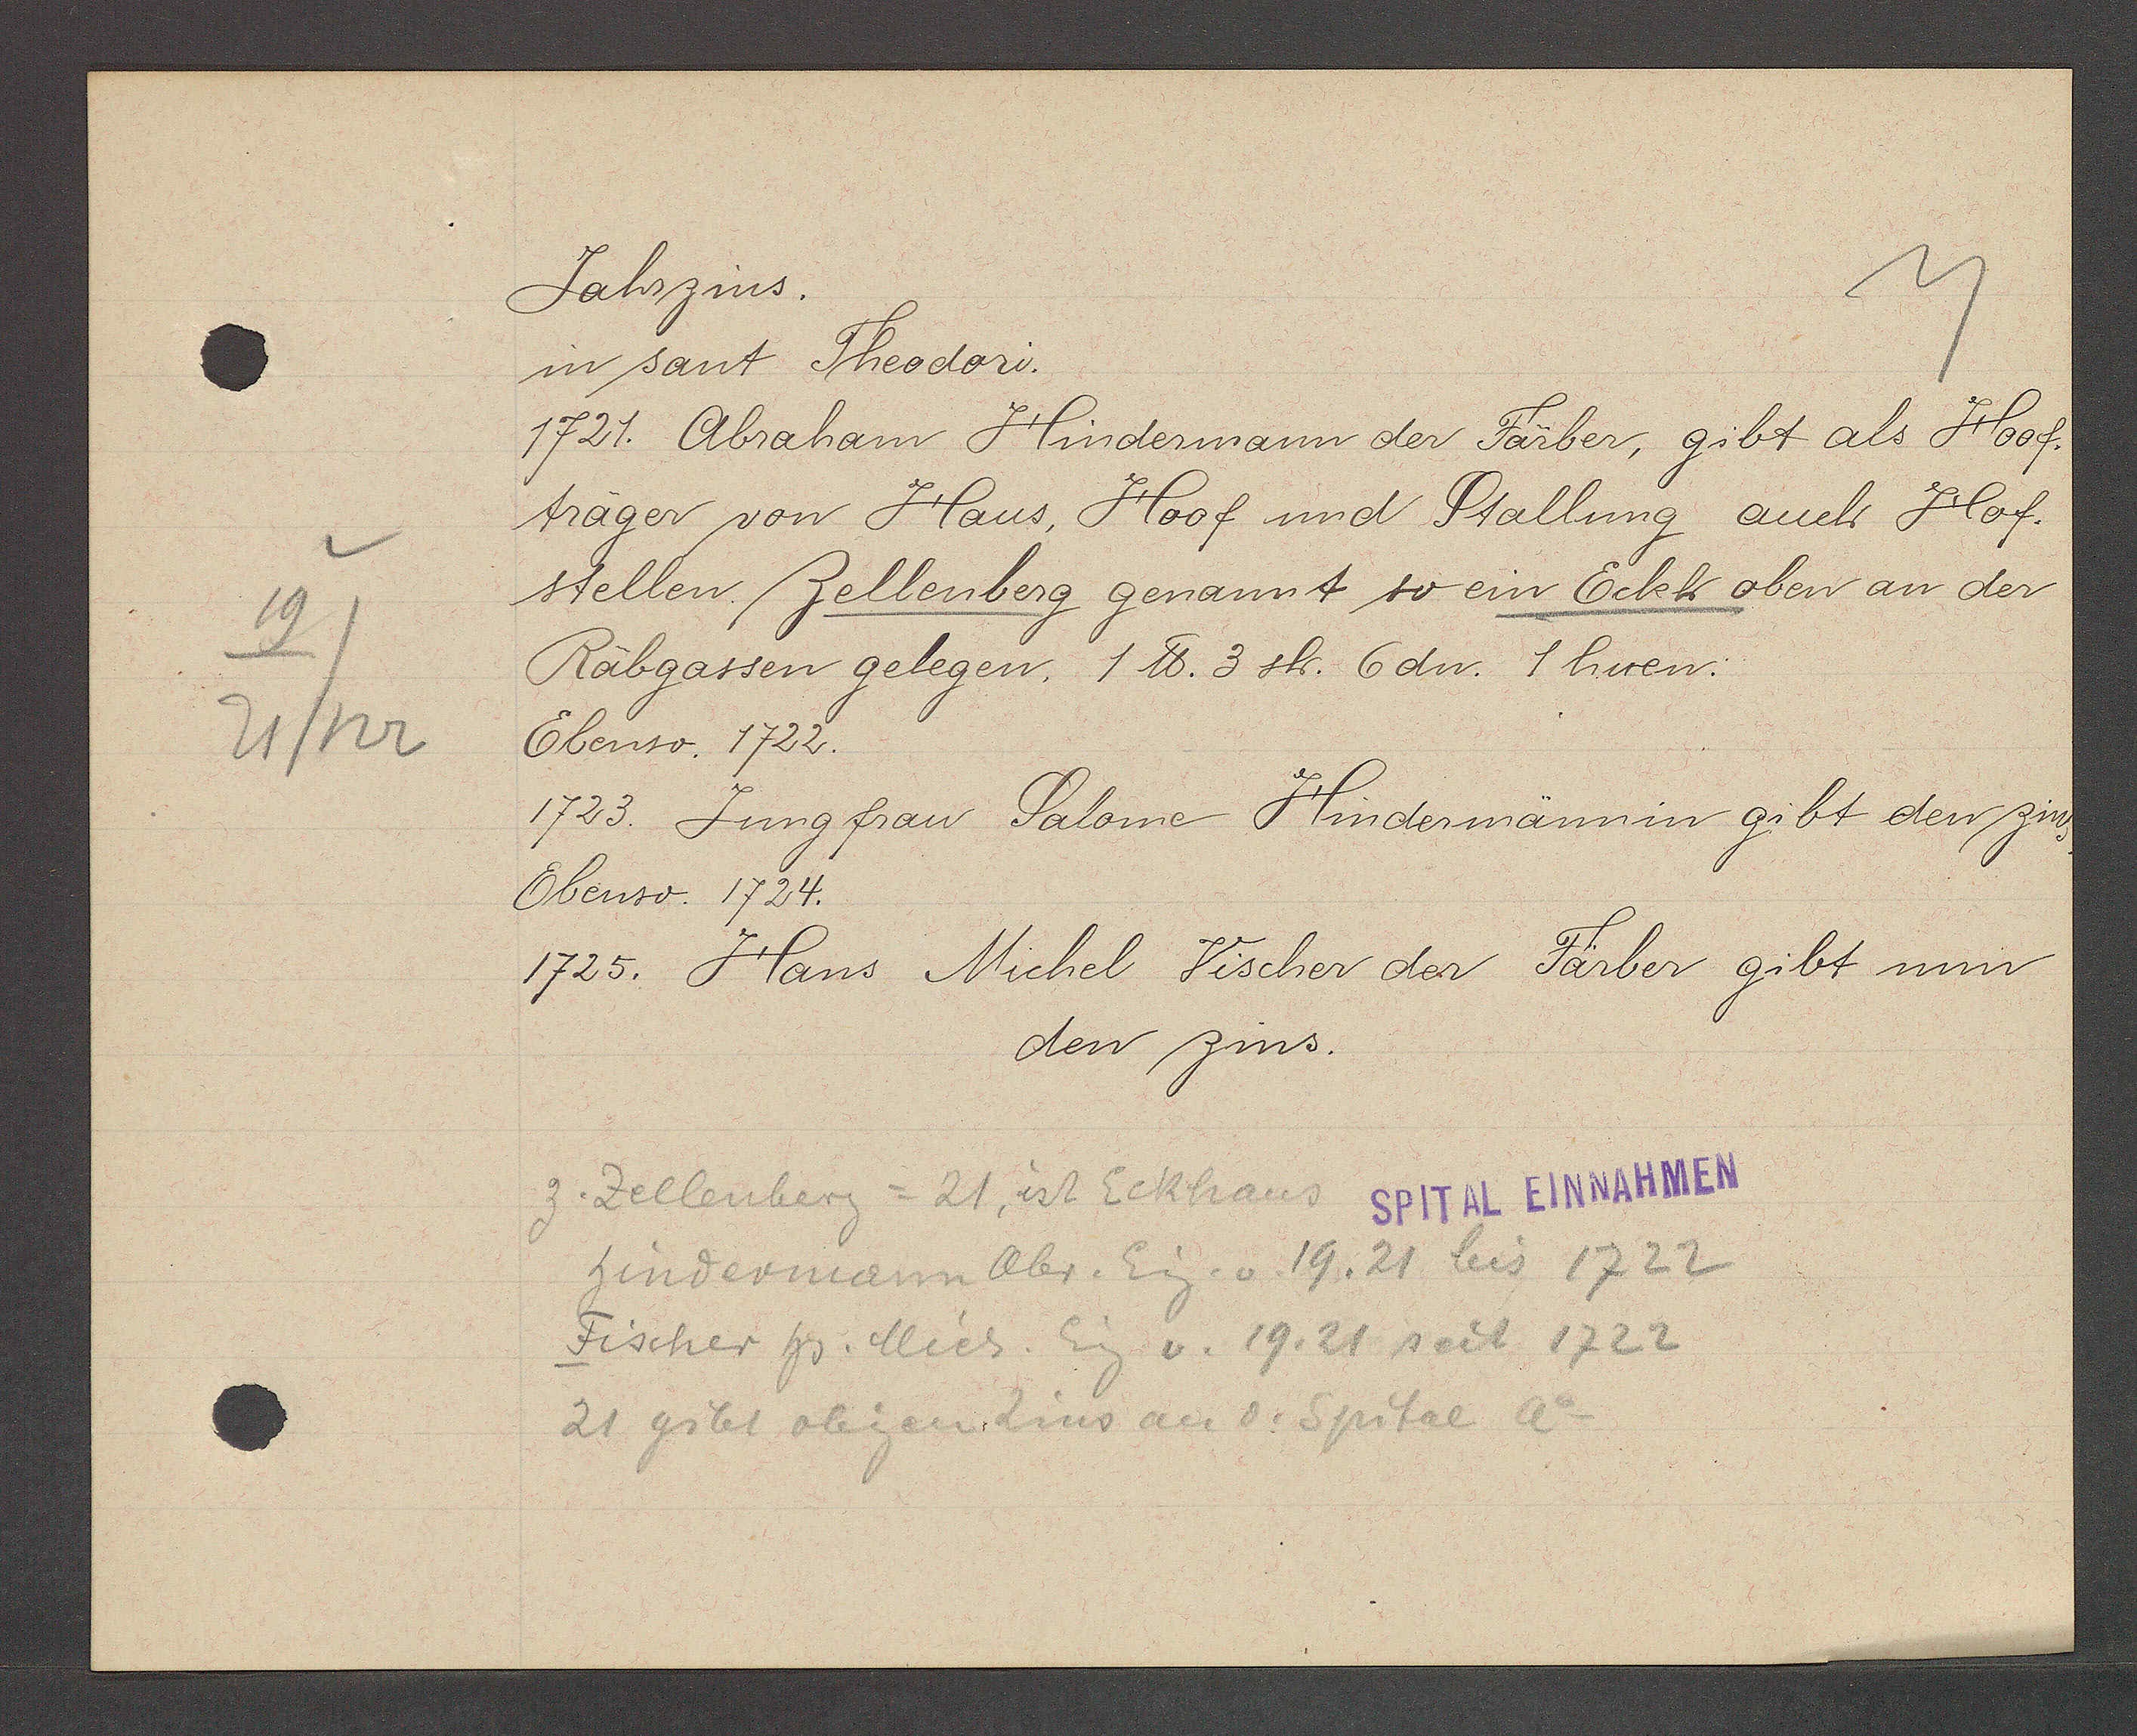
Transcript:
21/122
19

Jahrzins.

in sant Theodori.
1721. Abraham Hindermann der Färber, gibt als Hoof-
träger von Haus, Hoof und Stallung auch Hof-
stellen Zellenberg genannt so ein Eckh oben an der
Räbgassen gelegen, 1 ℔. 3 sh. 6dn. 1 huen.
Ebenso. 1722.
1723. Jungfrau Salome Hindermännin gibt den zins
Ebenso. 1724.
1725. Hans Michel Vischer der Färber gibt nun
den zins.

z. Zellenberg = 21 ist Eckhaus
hindermann Abr. Eig. v. 19, 21 bis 1722
Fischer hs. Mich. Eig. v. 19, 21 seit 1722
21 gibt obigen Zins an d. Spital Ao

SPITAL EINNAHMEN